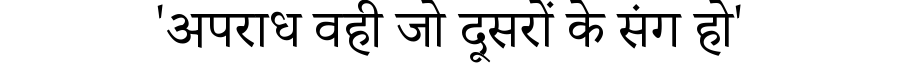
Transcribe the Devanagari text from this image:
'अपराध वही जो दूसरों के संग हो'